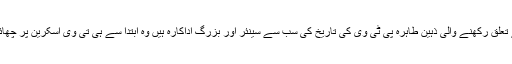
کراچی سے تعلق رکھنے والی ذہین طاہرہ پی ٹی وی کی تاریخ کی سب سے سینئر اور بزرگ اداکارہ ہیں وہ ابتدا سے ہی تی وی اسکرین پر چھائی رہی ہیں۔